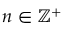
n \in \mathbb { Z } ^ { + }